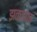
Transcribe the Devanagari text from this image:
झळझळ